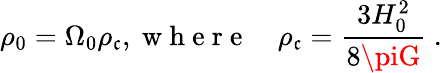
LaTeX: \rho_{0}=\Omega_{0}\rho_{\mathfrak{c}},\mathrm{{~w~h~e~r~e~}}\quad\rho_{\mathfrak{c}}=\frac{{3H_{0}^{2}}}{{8\piG}}\ .